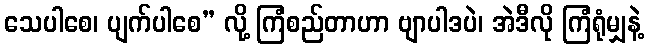
သေပါစေ၊ ပျက်ပါစေ” လို့ ကြံစည်တာဟာ ဗျာပါဒပဲ၊ အဲဒီလို ကြံရုံမျှနဲ့